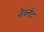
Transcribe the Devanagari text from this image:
नेब्लेट